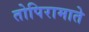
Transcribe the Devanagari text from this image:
तोपिरामाते